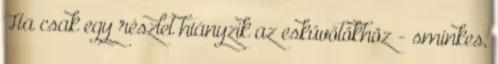
Ha csak egy részlet hiányzik az esküvőtökhöz - sminkes,